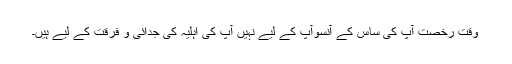
وقتِ رخصت آپ کی ساس کے آنسوآپ کے لیے نہیں آپ کی اہلیہ کی جدائی و فرقت کے لیے ہیں۔